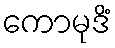
ကောမုဒိံ